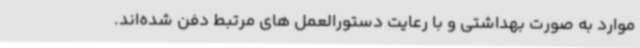
موارد به صورت بهداشتی و با رعایت دستورالعمل های مرتبط دفن شده‌اند.